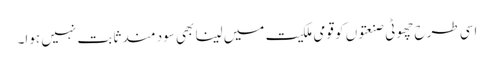
اسی طرح چھوٹی صنعتوں کو قومی ملکیت میں لینا بھی سود مند ثابت نہیں ہوا۔